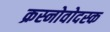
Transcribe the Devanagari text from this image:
क्रस्नोवोदस्क